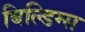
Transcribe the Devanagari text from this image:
बिल्डिग्स